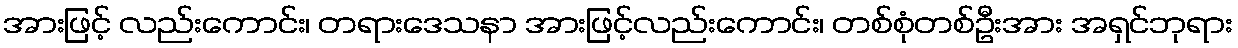
အားဖြင့် လည်းကောင်း၊ တရားဒေသနာ အားဖြင့်လည်းကောင်း၊ တစ်စုံတစ်ဦးအား အရှင်ဘုရား